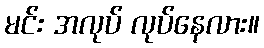
မင်း အလုပ် လုပ်နေလား။